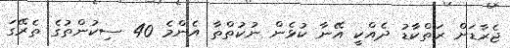
ޖެރާޑަށް ރަތްކާޑު ދެއްކީ އޭނާ ކުޅެން ނުކުތްތާ އެންމެ 40 ސިކުންތުގެ ތެރޭގަ